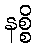
နစ္စိ